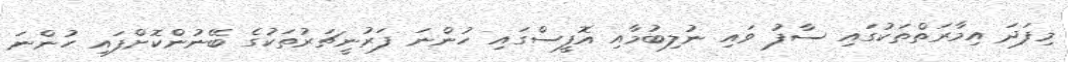
މިފަދަ އިމާރަތްތަކުގައި ސާފު ވައި ނުލިބުމާއި އޮފީސްގައި ހުންނަ ފަރުނީޗަރުތަކުގެ ބޭނުންކޮށްފައި ހުންނަ